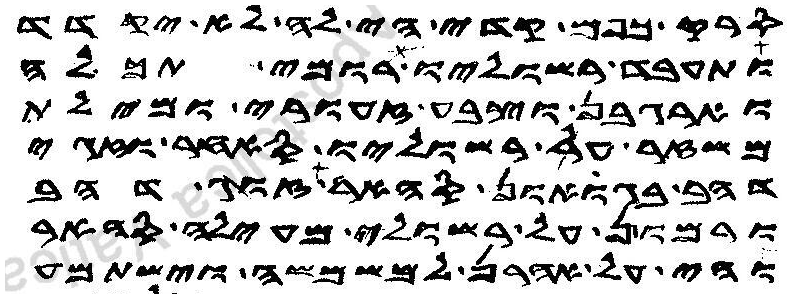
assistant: סרק כפם קדי הי לה לא יקדד
ותעבד רשוליו רומי תכלה
וארגבן וצבע זעורי ומילת
משזר על רשוליו סאחר וזגי
דהב בגואון סהאר זוג דהב
ורמון על רשולי מעילה סהאר
והי על אהרן למשמשה וישתמע